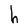
Character: h